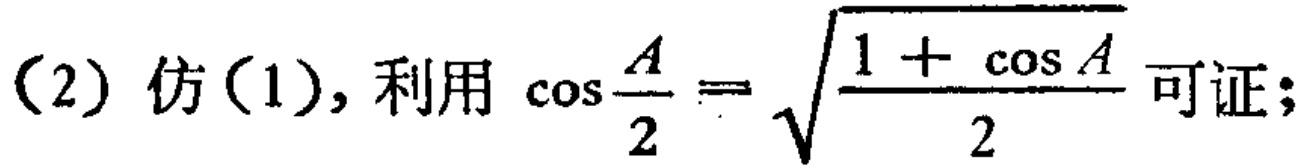
(2) 仿(1), 利用 $\cos\frac{A}{2}=\sqrt{\frac{1 + \cos A}{2}}$ 可证;